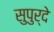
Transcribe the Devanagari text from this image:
सुपुर्दे